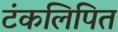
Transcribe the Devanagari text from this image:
टंकलिपित